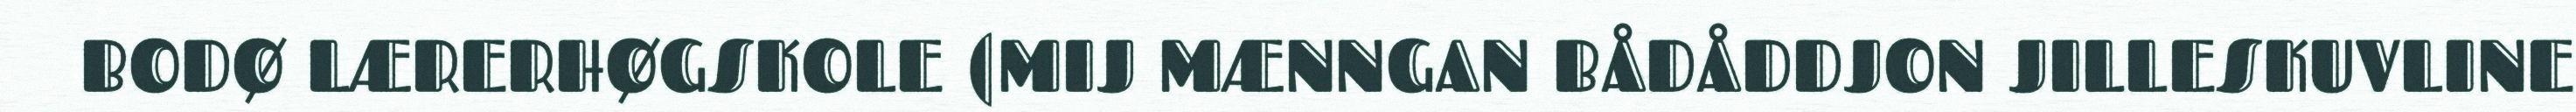
BODØ LÆRERHØGSKOLE (MIJ MÆNNGAN BÅDÅDDJON JILLESKUVLINE